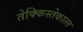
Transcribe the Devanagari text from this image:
तेक्किस्तेकात्ल